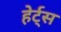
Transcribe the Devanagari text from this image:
हेर्ट्‌स